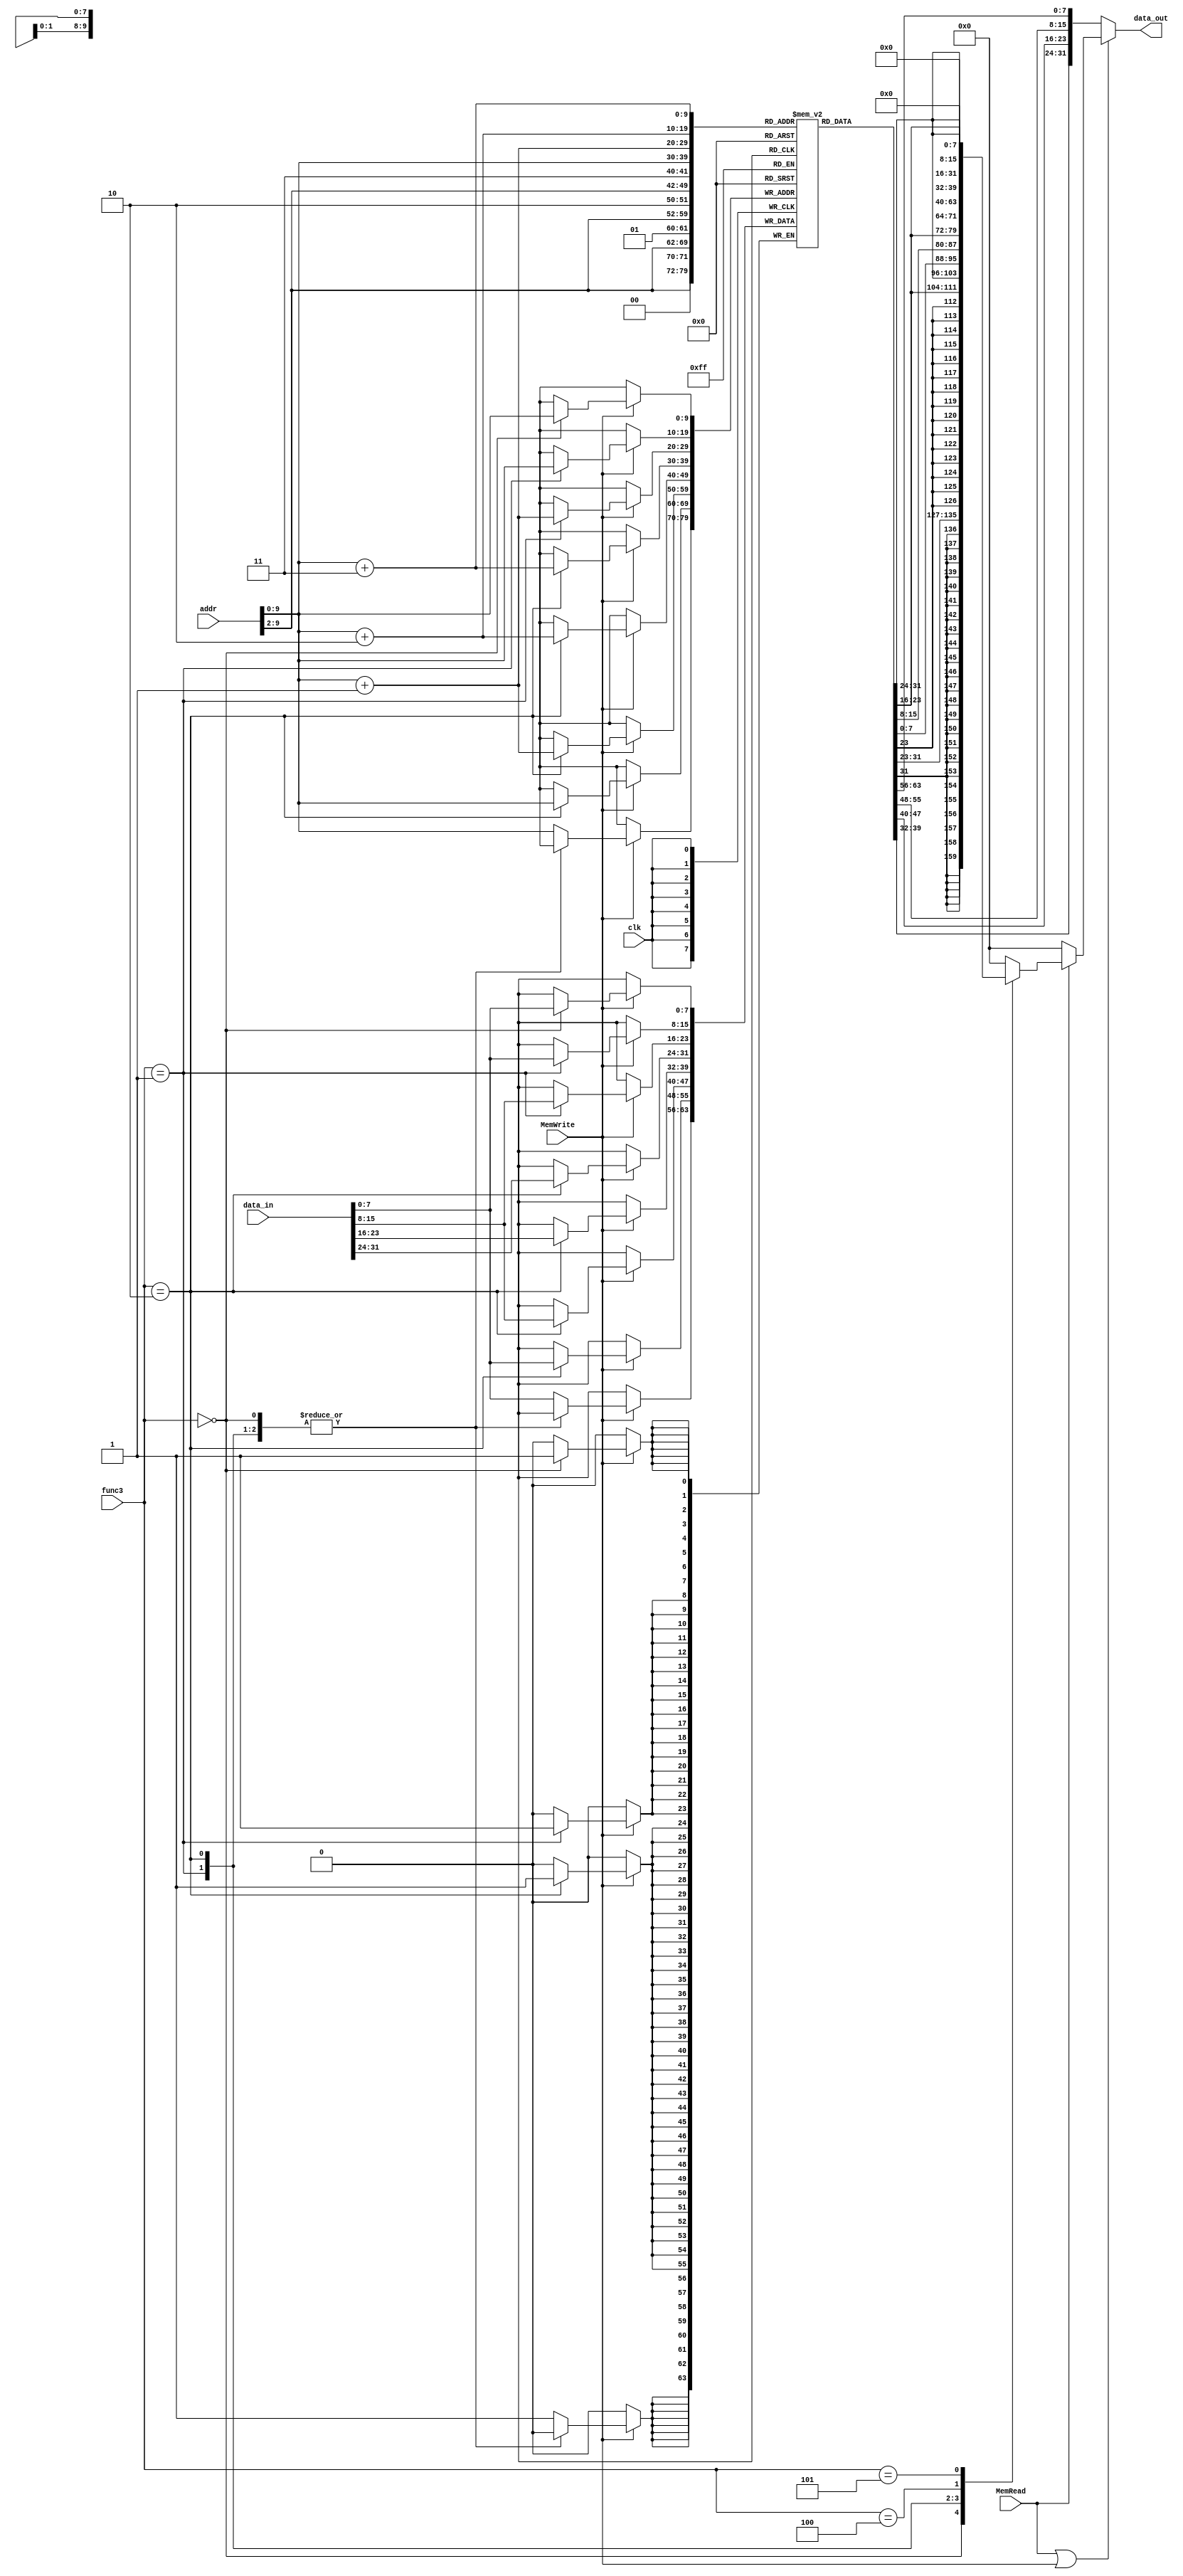
`timescale 1ns / 1ps
//////////////////////////////////////////////////////////////////////////////////
// Company: 
// Engineer: 
// 
// Design Name: 
// Module Name: SingleMemory
// Project Name: 
// Target Devices: 
// Tool Versions: 
// Description: 
// 
// Dependencies: 
// 
// Revision:
// Revision 0.01 - File Created
// Additional Comments:
// 
//////////////////////////////////////////////////////////////////////////////////


module SingleMemory(input clk, input MemRead, input MemWrite, 
input [2:0] func3, input [31:0] addr, input [31:0] data_in, output reg [31:0] data_out
    );
//    reg [7:0] mem [1024-1:0];
    reg [7:0] mem [0:1024-1];
    
    always@(*) begin
        if(!(MemRead || MemWrite)) begin //fetching
            data_out = {mem[{addr[31:2],2'b11}],mem[{addr[31:2],2'b10}],mem[{addr[31:2],2'b01}],mem[{addr[31:2],2'b00}]};
        end else begin
            if(MemRead)
                case(func3) // read
                    0: data_out = {{24{mem[addr][7]}} , mem[addr]};
                    1: data_out = {{16{mem[addr+1][7]}},mem[addr+1],mem[addr]};
                    2: data_out = {mem[addr+3],mem[addr+2],mem[addr+1],mem[addr]};
                    4: data_out = {{24{1'b0}} , mem[addr]};
                    5: data_out = {{16{1'b0}},mem[addr+1],mem[addr]};
                    default: data_out = 0;
                endcase
            else data_out = 0; // dont read
        end
    end
    
    always@(posedge clk) begin
        if(MemWrite) begin
            case(func3) 
                0: mem[addr] <= data_in[7:0];
                1: begin
                   mem[addr] <= data_in[7:0];
                   mem[addr+1] <= data_in[15:8];
                end
                2: begin
                    mem[addr+3] <= data_in[31:24] ;
                    mem[addr+2] <= data_in[23:16];
                    mem[addr+1] <= data_in[15:8];
                    mem[addr] <= data_in[7:0];
                end
                default: mem[addr] <= data_in[7:0];
            endcase
        end
    end
    
    initial begin
        
        /*{mem[3],mem[2],mem[1],mem[0]}     = 32'b0000000_00000_00000_000_00000_0110011;  //add x0, x0, x0
        
        {mem[7],mem[6],mem[5],mem[4]}     = 32'b00000110010000000010000010000011; //lw x1, 100(x0) 
        
        {mem[11],mem[10],mem[9],mem[8]}   = 32'b00000110100000000010000100000011 ; //lw x2, 104(x0) 
        
        {mem[15],mem[14],mem[13],mem[12]} = 32'b00000110110000000010000110000011 ; //lw x3, 108(x0) 
        
        {mem[19],mem[18],mem[17],mem[16]} = 32'b0000000_00010_00001_110_00100_0110011 ; //or x4, x1, x2 
        
        {mem[23],mem[22],mem[21],mem[20]} = 32'b00000000001100100000010001100011; //beq x4, x3, 16 
        
        {mem[27],mem[26],mem[25],mem[24]} = 32'b0000000_00010_00001_000_00011_0110011 ; //add x3, x1, x2
        
        {mem[31],mem[30],mem[29],mem[28]} = 32'b0000000_00010_00011_000_00101_0110011 ; //add x5, x3, x2
        
        {mem[35],mem[34],mem[33],mem[32]} = 32'b00000110010100000010100000100011; //sw x5, 112(x0) 
        
        {mem[39],mem[38],mem[37],mem[36]} = 32'b00000111000000000010001100000011 ; //lw x6, 112(x0)
        
        {mem[43],mem[42],mem[41],mem[40]} = 32'b0000000_00001_00110_111_00111_0110011 ; //and x7, x6, x1 
        
        {mem[47],mem[46],mem[45],mem[44]} = 32'b0100000_00010_00001_000_01000_0110011 ; //sub x8, x1, x2    
        
        {mem[51],mem[50],mem[49],mem[48]} = 32'b0000000_00010_00001_000_00000_0110011 ; //add x0, x1, x2 
        
        {mem[55],mem[54],mem[53],mem[52]} = 32'b0000000_00001_00000_000_01001_0110011 ; //add x9, x0, x1
        
        {mem[103],mem[102],mem[101],mem[100]}=32'd17;
        {mem[107],mem[106],mem[105],mem[104]}=32'd9;
        {mem[111],mem[110],mem[109],mem[108]}=32'd25;*/
        // LUI test cases
        {mem[3],mem[2],mem[1],mem[0]}=32'b00000000000001100100000010110111; //lui x1, 100    x1 = 100 << 12
        {mem[7],mem[6],mem[5],mem[4]}=32'b11111111111110011100000100110111; // lui x2,-100   x2 = -100 << 12
        {mem[11],mem[10],mem[9],mem[8]}=32'b00000000000000000000000110110111; //lui x3, 0    x3 = 0 << 12
        
        //AUIPC
        {mem[15],mem[14],mem[13],mem[12]}=  32'b00000000000000000001010010010111;//auipc x9, 1    x9 = 12 + 1<<12
        {mem[19],mem[18],mem[17],mem[16]} = 32'b00000000000000000000001000010111; //auipc x4, 0   x4 = 16 + 0<< 12
        {mem[23],mem[22],mem[21],mem[20]} = 32'b11111111111110011100001000010111; //auipc x4, -100  x4 = 20 + -100 << 12
        
        //JAL
        {mem[27],mem[26],mem[25],mem[24]} = 32'b00000000100000000000001011101111; // jal x5, 8   GOTO 32 x5 = 28
        {mem[31],mem[30],mem[29],mem[28]} = 32'b00000000100000000000001011101111; //jal x5, 8    GOTO 36 x5 = 32
        {mem[35],mem[34],mem[33],mem[32]} = 32'b11111111110111111111001011101111; //jal x5, -4   GOTO 28 x5 = 36
        
        
        
        //JALR
        {mem[39],mem[38],mem[37],mem[36]} = 32'b00000000110000101000001101100111;//jalr x6, 12(x5)  GOTO 44  x6 = 40
        {mem[47],mem[46],mem[45],mem[44]} = 32'b00000000000000110000001111100111;//jalr x7, 0(x6)   GOTO 40  x7 = 48
        {mem[43],mem[42],mem[41],mem[40]} = 32'b00000000000000111000010001100111;//jalr x8, 0(x7)   GOTO 48  x8 = 44
        
        //BEQ
        {mem[51],mem[50],mem[49],mem[48]} = 32'b00000000011100110000011001100011;//beq x6, x7, 12   IGNORE
        {mem[55],mem[54],mem[53],mem[52]} = 32'b00000000000000000000010001100011;//beq x0, x0, 8    GOTO 60
        
        {mem[59],mem[58],mem[57],mem[56]} = 32'b00000000000000000000000000110011;//NOP
        
        //BNE
        {mem[63],mem[62],mem[61],mem[60]} = 32'b00000000000000000001110001100011;//bne x0, x0, 24   IGNORE
        {mem[67],mem[66],mem[65],mem[64]} = 32'b00000000011100110001010001100011;//bne x6, x7, 8    GOTO 72
        
        {mem[71],mem[70],mem[69],mem[68]} = 32'b00000000000000000000000000110011;//NOP
        
        //BLT
        {mem[75],mem[74],mem[73],mem[72]} = 32'b00000000000000000100110001100011;//blt x0, x0, 24  IGNORE
        {mem[79],mem[78],mem[77],mem[76]} = 32'b00000000011101000100010001100011;//blt x8, x7, 8   GOTO 84
        
        {mem[83],mem[82],mem[81],mem[80]} = 32'b00000000000000000000000000110011;//NOP
        
        //BGE
        {mem[87],mem[86],mem[85],mem[84]} = 32'b00000110011101000101001001100011;//bge x8, x7, 100  IGNORE
        {mem[91],mem[90],mem[89],mem[88]} = 32'b00000000000000000101011001100011;//bge x0, x0, 12   GOTO 100
        
        {mem[95],mem[94],mem[93],mem[92]} = 32'b00000000000000000000000000110011;//NOP
        {mem[99],mem[98],mem[97],mem[96]} = 32'b00000000000000000000000000110011;//NOP
        
        //BLTU
        {mem[103],mem[102],mem[101],mem[100]} = 32'b00000110010100100110001001100011;//bltu x4, x5, 100  IGNORE
        {mem[107],mem[106],mem[105],mem[104]} = 32'b00000000010000101110010001100011;//bltu x5, x4, 8    GOTO 112
        
        {mem[111],mem[110],mem[109],mem[108]} = 32'b00000000000000000000000000110011;//NOP
        
        //BGEU
        {mem[115],mem[114],mem[113],mem[112]} = 32'b11111110010000101111110011100011;//bgeu x5, x4, -8  IGNORE
        {mem[119],mem[118],mem[117],mem[116]} = 32'b00000000010100100111010001100011;//bgeu x4, x5, 8   GOTO 124
        {mem[127],mem[126],mem[125],mem[124]} = 32'b11111110010100100111111011100011;//bgeu x4,x5,-4    GOTO 120
        {mem[123],mem[122],mem[121],mem[120]} = 32'b00000000010100100111010001100011;//bgeu x4,x5,8     GOTO 128
        
        
        //Memory (store and load)
        {mem[131],mem[130],mem[129],mem[128]} = 32'b11111110010100101000000010100011;//sb x5, -31(x5)   mem[1] = 32
        {mem[135],mem[134],mem[133],mem[132]} = 32'b00000000100100101001000000100011;//sh x9, 0(x5)     mem [33:32] = 4108
        {mem[139],mem[138],mem[137],mem[136]} = 32'b00000000000100101010001000100011;//sw x1, 4(x5)     mem[39:36] = 409600
        
        {mem[143],mem[142],mem[141],mem[140]} = 32'b11111110000100101000010100000011;//lb x10, -31(x5)  x10 =32
        {mem[147],mem[146],mem[145],mem[144]} = 32'b00000000000000101001010110000011;//lh x11, 0(x5)    x11 = 4108
        {mem[151],mem[150],mem[149],mem[148]} = 32'b00000000010000101010011000000011;//lw x12, 4(x5)    x12 = 409600
        
        //I-type
        
        //ADDI
        {mem[155],mem[154],mem[153],mem[152]} = 32'b00000100010100000000111100010011; //addi x30, x0, 69        x30 = 69
        {mem[159],mem[158],mem[157],mem[156]} = 32'b11111111111100000000111100010011; //addi x30, x0, -1        x30 = -1
        {mem[163],mem[162],mem[161],mem[160]} = 32'b00000000000000101000111100010011; //addi x30, x5, 0         x30 = 32 + 0
        
        //SLTI
        {mem[167],mem[166],mem[165],mem[164]} = 32'b00000010000000101010111010010011; //slti x29, x5, 32  false
        {mem[171],mem[170],mem[169],mem[168]} = 32'b00000100010100101010111010010011; //slti x29, x5, 69  true
        {mem[175],mem[174],mem[173],mem[172]} = 32'b00000011000000111010111010010011; //slti x29, x7, 48  false
        {mem[179],mem[178],mem[177],mem[176]} = 32'b11111111111100100010111010010011; //slti x29, x4, -1  true
      

        //SLTIU
        {mem[179],mem[178],mem[177],mem[176]} = 32'b11111111111100101011111000010011;//sltiu x28, x5, -1  true
        {mem[183],mem[182],mem[181],mem[180]} = 32'b00000010000000101011111000010011;//sltiu x28, x5, 32  false
        {mem[187],mem[186],mem[185],mem[184]} = 32'b00000110010000101011111000010011;//sltiu x28, x5, 100 true
        
        
        //XORI
        {mem[191],mem[190],mem[189],mem[188]} = 32'b00111110011100001100111110010011;//xori x31, x1, 999  409600 ^ 999 = 410599
        {mem[195],mem[194],mem[193],mem[192]} = 32'b11011101010100001100111110010011;//xori x31, x1, -555  409600 ^ -555 = 4294557141
        
        //ORI
        {mem[199],mem[198],mem[197],mem[196]} = 32'b00111110100001001110110110010011;//ori x27, x9, 1000   4108 | 1000 = 5100
        {mem[203],mem[202],mem[201],mem[200]} = 32'b11111111111101001110110110010011;//ori x27, x9, -1     4108 | -1 = 4294967295 = -1
        
        //ANDI
        {mem[207],mem[206],mem[205],mem[204]} = 32'b11111111111101000111110100010011;//andi x26, x8, -1     44 & -1 = 44
        {mem[211],mem[210],mem[209],mem[208]} = 32'b00000000000001000111110100010011;//andi x26, x8, 0      44 & 0 = 0
        
        //SLLI
        {mem[215],mem[214],mem[213],mem[212]} = 32'b00000001111100101001110010010011;//slli x25,x5, 31  32 << 31 = 0
        {mem[219],mem[218],mem[217],mem[216]} = 32'b00000000000000101001110010010011;//slli x25,x5, 0   32 << 0 = 32
        {mem[223],mem[222],mem[221],mem[220]} = 32'b00000000001000101001110010010011;//slli x25,x5, 2   32 << 2 = 128
        
        //SRLI
        {mem[227],mem[226],mem[225],mem[224]} = 32'b00000001111100101101110010010011;//srli x25,x5, 31  32 >> 31 = 0
        {mem[231],mem[230],mem[229],mem[228]} = 32'b00000000000000101101110010010011;//srli x25,x5, 0   32 >> 0 = 32
        {mem[235],mem[234],mem[233],mem[232]} = 32'b00000000001000101101110010010011;//srli x25,x5, 2   32 >> 2 = 8
        
        //SRAI
        {mem[239],mem[238],mem[237],mem[236]} = 32'b01000001111100010101110010010011;//srai x25,x2, 31  -409600 >>> 31 = -1
        {mem[243],mem[242],mem[241],mem[240]} = 32'b01000000000000010101110010010011;//srai x25,x2, 0   -409600 >>> 0 = -409600
        {mem[247],mem[246],mem[245],mem[244]} = 32'b01000000001000010101110010010011;//srai x25,x2, 2   -409600 >>> 2 = -102400
        
        //ADD
        {mem[251],mem[250],mem[249],mem[248]} = 32'b00000000000000000000110000110011;//add x24, x0, x0      x24=0
        {mem[255],mem[254],mem[253],mem[252]} = 32'b00000000101001001000110000110011;//add x24, x9, x10     x24=4108+32=4140
        {mem[259],mem[258],mem[257],mem[256]} = 32'b00000000000100010000110000110011;//add x24, x2, x1      x24=409600 + (-409600)=0
        
        //SUB
        {mem[263],mem[262],mem[261],mem[260]} = 32'b01000000000000000000101110110011;//sub x23, x0, x0      x23=0
        {mem[267],mem[266],mem[265],mem[264]} = 32'b01000000101001001000101110110011;//sub x23, x9, x10     x23=4108-32=4076
        {mem[271],mem[270],mem[269],mem[268]} = 32'b01000000000100010000101110110011;//sub x23, x2, x1      x23=-409600 - 409600=-819200
        
        
        //SLL
        {mem[275],mem[274],mem[273],mem[272]} = 32'b00000000000000000001101110110011;// sll x23, x0,x0          x23 = 0 << 0 = 0
        {mem[279],mem[278],mem[277],mem[276]} = 32'b00000001110000001001101110110011;// sll x23, x1, x28        x23 = 409600 << 1 = 819200 
        {mem[283],mem[282],mem[281],mem[280]} = 32'b00000001110000010001101110110011;// sll x23, x2, x28        x23 = -409600 << 1 = -819200
        
        //SLT
        {mem[287],mem[286],mem[285],mem[284]} = 32'b00000000000000000010101100110011;// slt x22, x0, x0         x22 = 0 < 0 ? = 0
        {mem[291],mem[290],mem[289],mem[288]} = 32'b00000000000000010010101100110011;// slt x22, x2, x0         x22 = -409600 < 0 ? = 1
        {mem[295],mem[294],mem[293],mem[292]} = 32'b00000000100001010010101100110011;// slt x22, x10, x8        x22 = 32 <44? =1
        
        //SLTU
        {mem[299],mem[298],mem[297],mem[296]} = 32'b00000000000000000011101010110011;// sltu x21, x0, x0         x21 = 0 < 0 ? = 0
        {mem[303],mem[302],mem[301],mem[300]} = 32'b00000000000000010011101010110011;// sltu x21, x2, x0         x22 = UNSIGNED -409600 < 0 ? = 0
        {mem[307],mem[306],mem[305],mem[304]} = 32'b00000000100001010011101010110011;// sltu x21, x10, x8        x22 = 32 <44? = 1
                
        //XOR
        {mem[311],mem[310],mem[309],mem[308]} = 32'b00000000000000000100101000110011;// xor x20, x0, x0             x20 = 0 ^ 0 = 0
        {mem[315],mem[314],mem[313],mem[312]} = 32'b00000001110000001100101000110011;// xor x20, x1, x28            x20 = 409600 ^ 1 = 409601
        {mem[319],mem[318],mem[317],mem[316]} = 32'b00000001110001010100101000110011;// xor x20, x10, x28           x20 = 32 ^ 1 = 33
        
        //SRL
        {mem[323],mem[322],mem[321],mem[320]} = 32'b00000000000000000101100110110011;// srl x19, x0,x0          x19 = 0 >> 0 = 0
        {mem[327],mem[326],mem[325],mem[324]} = 32'b00000001110000001101100110110011;// srl x19, x1, x28        x19 = 409600 >> 1 = 204800
        {mem[331],mem[330],mem[329],mem[328]} = 32'b00000001110000010101100110110011;// srl x19, x2, x28        x19 = -409600 >> 1
                
        //SRA
        {mem[335],mem[334],mem[333],mem[332]} = 32'b01000000000000000101100100110011;// sra x18, x0, x0         x18 = 0 >>> 0 = 0
        {mem[339],mem[338],mem[337],mem[336]} = 32'b01000001110000001101100100110011;// sra x18, x1, x28        x18 = 409600 >>> 1 = 204800
        {mem[343],mem[342],mem[341],mem[340]} = 32'b01000001110000010101100100110011;// sra x18, x2, x28        x18 = -409600 >>>1 = -204800
                        
        //OR
        {mem[347],mem[346],mem[345],mem[344]} = 32'b00000000000000000110100010110011;// or x17, x0, x0          x17 = 0 | 0 = 0
        {mem[351],mem[350],mem[349],mem[348]} = 32'b00000000000100000110100010110011;// or x17, x0, x1          x17 = 0 | 409600 = 409600
        {mem[355],mem[354],mem[353],mem[352]} = 32'b00000001110000001110100010110011;// or x17, x1, x28         x18 = 409600 | 1 = 409601
        
        //AND
        {mem[359],mem[358],mem[357],mem[356]} = 32'b00000000000000000111100000110011;// and x16, x0, x0             x16 = 0 & 0 = 0
        {mem[363],mem[362],mem[361],mem[360]} = 32'b00000000000100000111100000110011;// and x16, x0, x1             x17 = 0 & 409600 = 0
        {mem[367],mem[366],mem[365],mem[364]} = 32'b00000000011001000111100000110011;// and x16, x8, x6             x16 = 44 & 40 = 40
        
        //MUL
        {mem[371],mem[370],mem[369],mem[368]} = 32'b00000010000110110000011110110011;// mul x15, x22, x1    x15 = 1 * 409600
        
        //MULH
        {mem[375],mem[374],mem[373],mem[372]} = 32'b00000010000100010001011110110011;// mulh x15, x2, x1    x15 = -409600 * 409600 = -40
        
        //MULHSU
        {mem[379],mem[378],mem[377],mem[376]} = 32'b00000011101111011010011110110011;// mulhsu x15, x27, x27    x15 = -1 * Unsinged(-1) = -1
        
        //MULHU
        {mem[383],mem[382],mem[381],mem[380]} = 32'b00000011101111011011011110110011;// mulhu x15, x27, x27    x15 = Unsigned(-1) * Unsinged(-1) = -2
        
        //DIV
        {mem[387],mem[386],mem[385],mem[384]} = 32'b00000010010100111100011100110011;// div x14, x7, x5    x14 = 48/32 = 1
        
        //DIVU
        {mem[391],mem[390],mem[389],mem[388]} = 32'b00000010101001011101011100110011;// divu x14, x11, x10    x14 = 4108/32 = 128
        
        //REM
        {mem[395],mem[394],mem[393],mem[392]} = 32'b00000010010100111110011010110011;// rem x13, x7, x5    x13 = 48%32 = 16
        
        //REMU
        {mem[399],mem[398],mem[397],mem[396]} = 32'b00000010101001011111011010110011;// remu x13, x11, x10    x13 = 4108%32 = 12
        
        
        //FENCE
        {mem[403],mem[402],mem[401],mem[400]} = 32'b00001111111100000000000000001111;// FENCE = NOP
        
        //ECALL
        {mem[407],mem[406],mem[405],mem[404]} = 32'b00000000000000000000000001110011;// ECALL = NOP
        
        //EBREAK
        {mem[411],mem[410],mem[409],mem[408]} = 32'b00000000000100000000000001110011;// EBREAK = stop pc
        
        //Untouched inst
        {mem[415],mem[414],mem[413],mem[412]} = 32'b00000000001100010000000010110011;// add x1, x2, x3
        
    end
    
endmodule